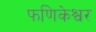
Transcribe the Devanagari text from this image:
फणिकेश्वर